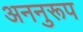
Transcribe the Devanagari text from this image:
अननुरूप